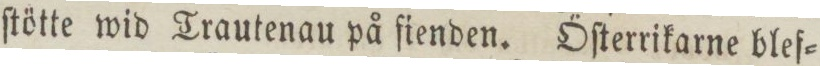
ſtötte wid Trautenau på fienden. Öſterrikarne blef=